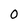
Character: 0